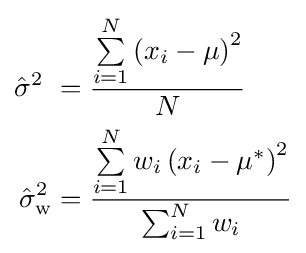
{\begin{aligned}{\hat {\sigma }}^{2}\ &={\frac {\sum \limits _{i=1}^{N}\left(x_{i}-\mu \right)^{2}}{N}}\\{\hat {\sigma }}_{\mathrm {w} }^{2}&={\frac {\sum \limits _{i=1}^{N}w_{i}\left(x_{i}-\mu ^{*}\right)^{2}}{\sum _{i=1}^{N}w_{i}}}\end{aligned}}